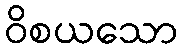
ဝိစယသော